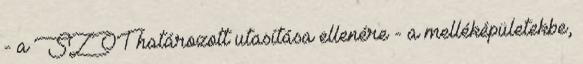
- a SZOT határozott utasítása ellenére - a melléképületekbe,